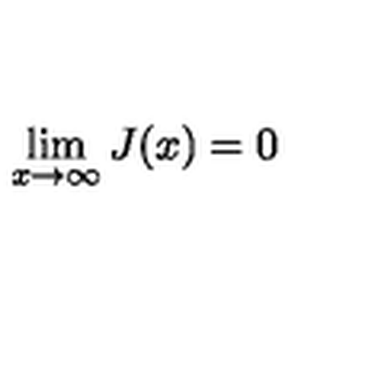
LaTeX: \lim _ { x \to \infty } J ( x ) = 0